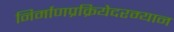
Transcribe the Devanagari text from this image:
निर्माणप्रक्रियेदरम्यान